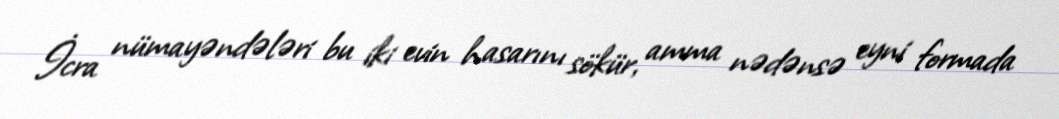
İcra nümayəndələri bu iki evin hasarını sökür, amma nədənsə eyni formada